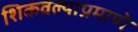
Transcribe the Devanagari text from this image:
शिकवल्याप्रमाणे